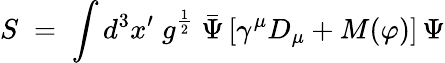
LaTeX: S\; =\; \int d^{3}x^{\prime}\; g^{\frac{1}{2}}\; {\bar{\Psi}}\, [\gamma^{\mu}D_{\mu}+M(\varphi)]\, \Psi